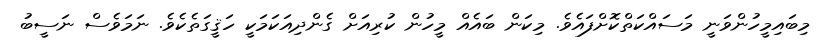
މިބައިމީހުންވަނީ މަސައްކަތްކޮށްފައެވެ. މިކަން ބައެއް މީހުން ކުރިއަށް ގެންދިއަކަމަކީ ހަޤީގަތެކެވެ. ނަމަވެސް ނަސީބު